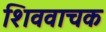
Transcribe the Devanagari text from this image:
शिववाचक